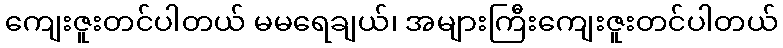
ကျေးဇူးတင်ပါတယ် မမရေချယ်၊ အများကြီးကျေးဇူးတင်ပါတယ်